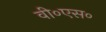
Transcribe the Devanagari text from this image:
वी०एस०